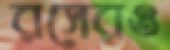
রসেরও